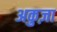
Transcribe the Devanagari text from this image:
अकुज़ा